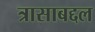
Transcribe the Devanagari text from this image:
त्रासाबद्दल